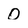
Character: O